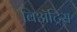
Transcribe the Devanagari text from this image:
बिॲट्रिस